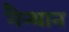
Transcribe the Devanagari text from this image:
मैन्थान